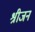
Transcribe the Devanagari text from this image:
श्रीजन